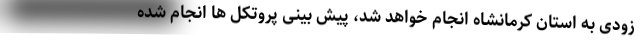
زودی به استان کرمانشاه انجام خواهد شد، پیش بینی پروتکل ها انجام شده